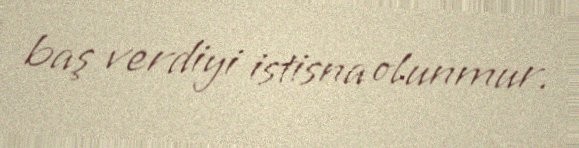
baş verdiyi istisna olunmur.